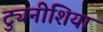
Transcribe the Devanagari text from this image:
ट्युनीशिया